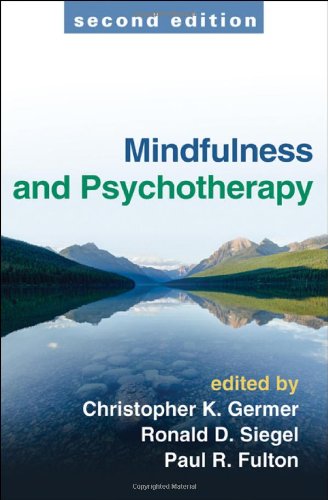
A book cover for Mindfulness and Psychotherapy, Second Edition; Medical Books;